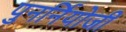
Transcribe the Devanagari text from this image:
पुनर्नियोजी